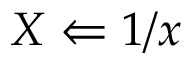
X \Leftarrow 1 / x